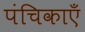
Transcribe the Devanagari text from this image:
पंचिकाएँ